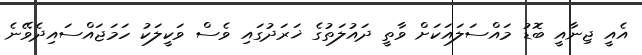
އެއީ ޖިނާއީ ބޮޑު މައްސަލައަކަށް ވާތީ ދައުލަތުގެ ޚަރަދުގައި ވެސް ވަކީލަކު ހަމަޖައްސައިދެވޭނެ